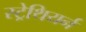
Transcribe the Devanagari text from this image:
स्ट्रेथियर्न